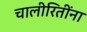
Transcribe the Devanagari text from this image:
चालीरितींना